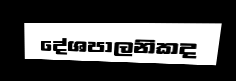
දේශපාලනිකද